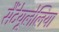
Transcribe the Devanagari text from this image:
सैंटेयूलेलिया